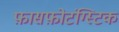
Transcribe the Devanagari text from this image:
फ़ासफ़ोटंग्स्टिक